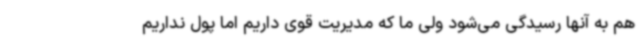
هم به آنها رسیدگی می‌شود ولی ما که مدیریت قوی داریم اما پول نداریم